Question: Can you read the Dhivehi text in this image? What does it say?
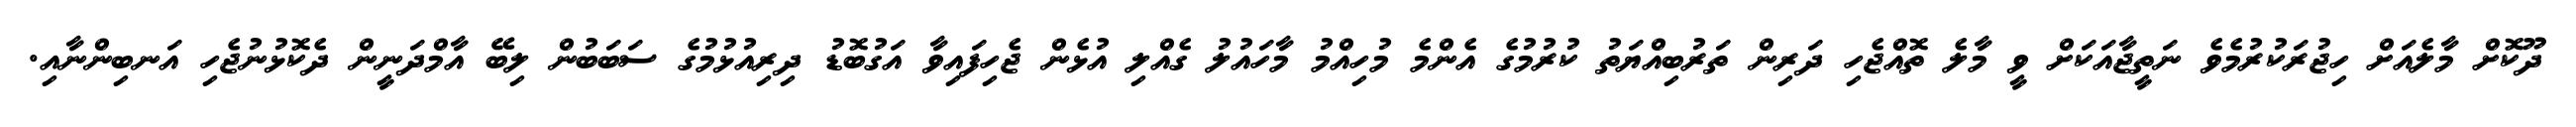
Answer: ދޫކޮށް މާލެއަށް ހިޖުރަކުރުމެވެ ނަތީޖާއަކަށް ވީ މާލެ ތޮއްޖެހި ދަރިން ތަރުބިއްޔަތު ކުރުމުގެ އެންމެ މުހިއްމު މާހައުލު ގެއްލި އުޅެން ޖެހިފައިވާ އަގުބޮޑު ދިރިއުޅުމުގެ ސަބަބުން ލިބޭ އާމްދަނީން ދެކޮޅުނުޖެހި އަނބިންނާއި.